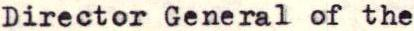
Director General of the